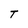
Character: T